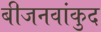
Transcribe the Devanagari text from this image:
बीजनवांकुद